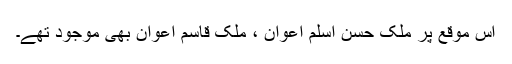
اس موقع پر ملک حسن اسلم اعوان ، ملک قاسم اعوان بھی موجود تھے۔